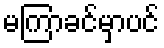
မကြာခင်မှာပင်